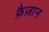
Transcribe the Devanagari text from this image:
फ़ैज़ान